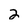
Character: 2